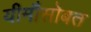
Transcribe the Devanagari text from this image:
यीमौसोबत